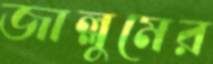
জাল্লুমের